Annual report of the Punjab Veterinary College and of the Civil Veterinary Department, Punjab - 1909-1919
Year: 1909
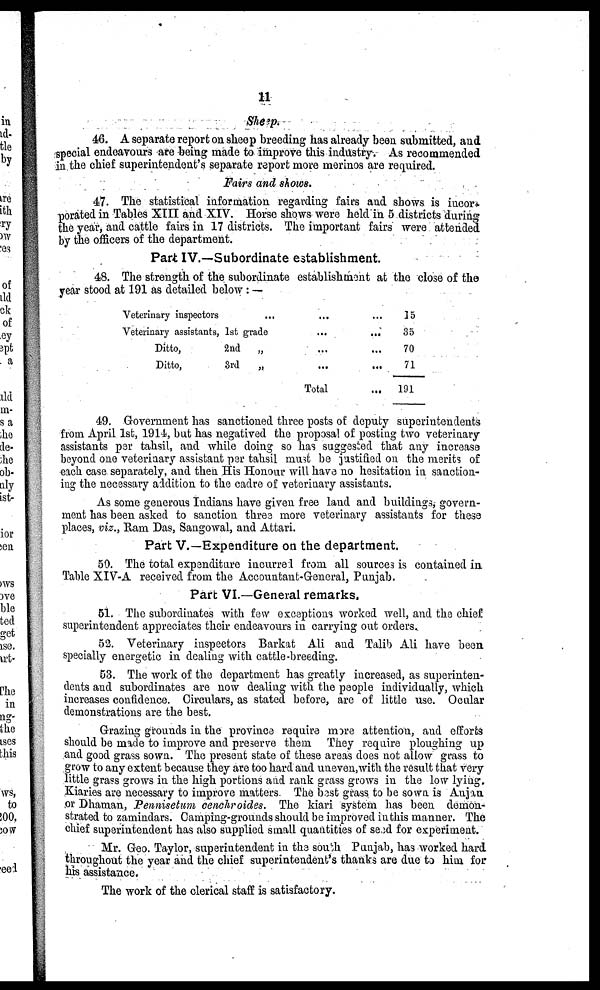
11
Sheep
46. A separate report on sheep breeding has already been submitted, and
special endeavours are being made to improve this industry. As recommended
in the chief superintendent's separate report more merinos are required.
Fairs and shows.
47. The statistical information regarding fairs and shows is incor-
porated in Tables XIII and XIV. Horse shows were held in 5 districts during
the year, and cattle fairs in 17 districts. The important fairs were attended
by the officers of the department.
Part IV.—Subordinate establishment.
48. The strength of the subordinate establishment at the close of the
year stood at 191 as detailed below:—
Veterinary inspectors
...
Veterinary assistants, 1st grade
Ditto,
2nd
„
Ditto,
3rd
„
...
...
...
...
Total
...
...
...
...
...
15
35
70
71
191
49. Government has sanctioned three posts of deputy superintendents
from April 1st, 1914, but has negatived the proposal of posting two veterinary
assistants per tahsil, and while doing so has suggested that any increase
beyond one veterinary assistant per tahsil must be justified on the merits of
each case separately, and then His Honour will have no hesitation in sanction-
ing the necessary addition to the cadre of veterinary assistants.
As some generous Indians have given free land and buildings, govern-
ment has been asked to sanction three more veterinary assistants for these
places, viz., Ram Das, Sangowal, and Attari.
Part V.—Expenditure on the department.
50. The total expenditure incurred from all sources is contained in.
Table XIV-A received from the Accountant-General, Punjab.
Part VI.—General remarks.
51. The subordinates with few exceptions worked well, and the chief
superintendent appreciates their endeavours in carrying out orders.
52. Veterinary inspectors Barkat Ali and Talib Ali have been
specially energetic in dealing with cattle-breeding.
53. The work of the department has greatly increased, as superinten-
dents and subordinates are now dealing with the people individually, which
increases confidence. Circulars, as stated before, are of little use. Ocular
demonstrations are the best.
Grazing grounds in the province require more attention, and efforts
should be made to improve and preserve them They require ploughing up
and good grass sown. The present state of these areas does not allow grass to
grow to any extent because they are too hard and uneven, with the result that very
little grass grows in the high portions and rank grass grows in the low lying.
Kiaries are necessary to improve matters. The best grass to be sown is Anjan
or Dhaman, Pennisetum cenchroides. The kiari system has been demon-
strated to zamindars. Camping-grounds should be improved in this manner. The
chief superintendent has also supplied small quantities of seed for experiment.
Mr. Geo. Taylor, superintendent in the south Punjab, has worked hard
throughout the year and the chief superintendent's thanks are due to him for
his assistance.
The work of the clerical staff is satisfactory.